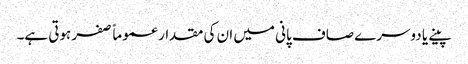
پینے یا دوسرے صاف پانی میں ان کی مقدار عموماً صفر ہوتی ہے۔